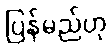
ပြန်မည်ဟု